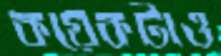
কয়েকটাও